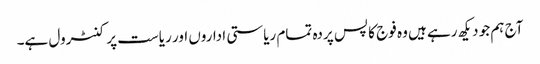
آج ہم جو دیکھ رہے ہیں وہ فوج کا پس پردہ تمام ریاستی اداروں اور ریاست پر کنٹرول ہے۔